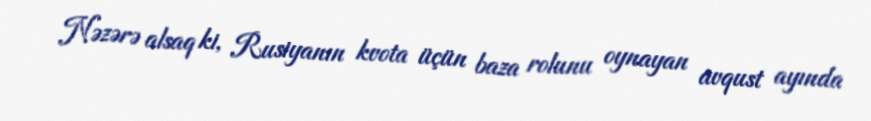
Nəzərə alsaq ki, Rusiyanın kvota üçün baza rolunu oynayan avqust ayında